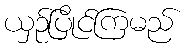
ယှဉ်ပြိုင်ကြမည်